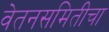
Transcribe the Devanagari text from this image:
वेतनसमितीचा